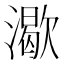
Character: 㵣